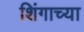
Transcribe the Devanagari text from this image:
शिंगाच्या